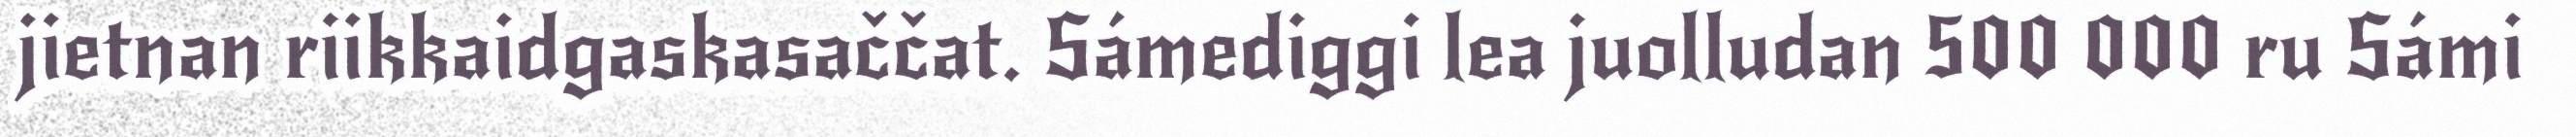
jietnan riikkaidgaskasaččat. Sámediggi lea juolludan 500 000 ru Sámi